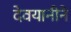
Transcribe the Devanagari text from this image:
देवयानीने